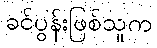
ခင်ပွန်းဖြစ်သူက